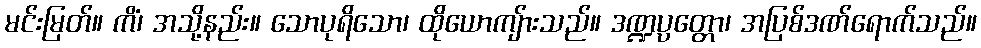
မင်းမြတ်။ ကိံ၊ အသို့နည်း။ သောပုရိသော၊ ထိုယောကျ်ားသည်။ ဒဏ္ဍပ္ပတ္တော၊ အပြစ်ဒဏ်ရောက်သည်။